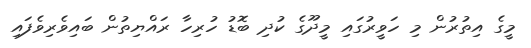
މީގެ އިތުރުން މި ހަވީރުގައި މީދޫގެ ކުދި ބޮޑު ހުރިހާ ރައްޔިތުން ބައިވެރިވެފައި